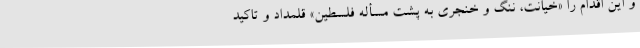
و این اقدام را «خیانت، ننگ و خنجری به پشت مسأله فلسطین» قلمداد و تاکید